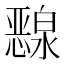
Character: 𰒜